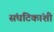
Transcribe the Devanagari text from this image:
संघटिकांशी